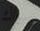
سباك